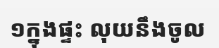
១ក្នុងផ្ទះ លុយនឹងចូល